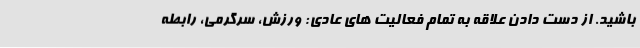
باشید. از دست دادن علاقه به تمام فعالیت های عادی: ورزش، سرگرمی، رابطه